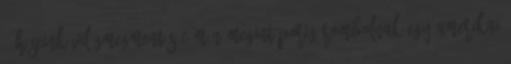
. Hőseink világmegmentés címén megint porig rombolnak egy amerikai